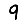
Digit: 9